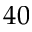
4 0